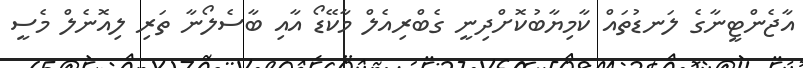
އާޖެންޓީނާގެ ލަނޑުތައް ކާމިޔާބުކޮށްދިނީ ގެބްރިއެލް މާކޭޑޯ އާއި ބާސެލޯނާ ތަރި ލިއޮނެލް މެސީ